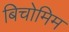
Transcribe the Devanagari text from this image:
बिचोमिम